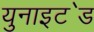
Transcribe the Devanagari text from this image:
युनाइट॓ड